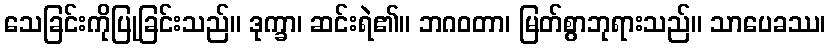
သေခြင်းကိုပြုခြင်းသည်။ ဒုက္ခာ၊ ဆင်းရဲ၏။ ဘဂဝတာ၊ မြတ်စွာဘုရားသည်။ သာပေခဿ၊